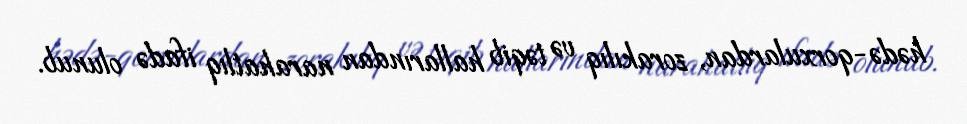
hədə-qorxulardan, zorakılıq və təqib hallarından narahatlıq ifadə olunub.